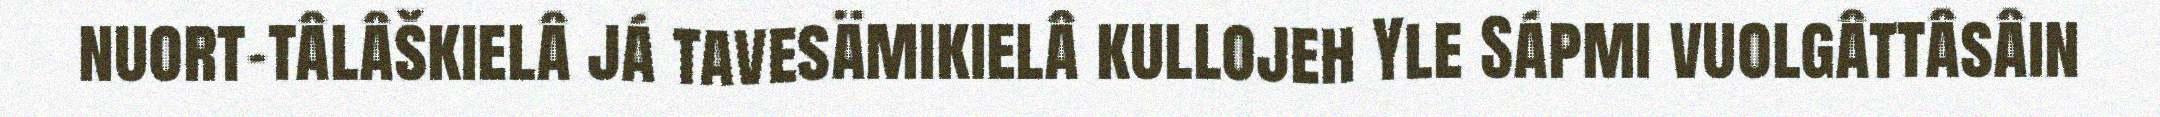
nuort-tâlâškielâ já tavesämikielâ kullojeh Yle Sápmi vuolgâttâsâin